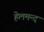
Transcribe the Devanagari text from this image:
हेलमन्द